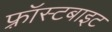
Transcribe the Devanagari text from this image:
फ़्रॉस्टबाइट